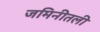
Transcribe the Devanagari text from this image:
जमिनीतली